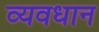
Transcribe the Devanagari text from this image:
व्‍यवधान